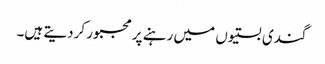
گندی بستیوں میں رہنے پر مجبور کردیتے ہیں۔